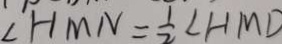
\angle H M N = \frac { 1 } { 2 } \angle H M D